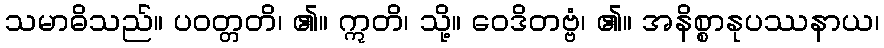
သမာဓိသည်။ ပဝတ္တတိ၊ ၏။ ဣတိ၊ သို့။ ဝေဒိတဗ္ဗံ၊ ၏။ အနိစ္စာနုပဿနာယ၊